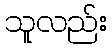
သူလည်း